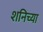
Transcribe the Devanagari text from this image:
शनिच्या